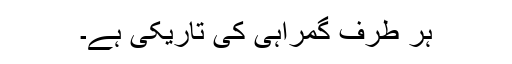
ہر طرف گمراہی کی تاریکی ہے۔